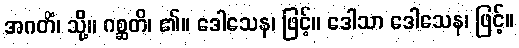
အဂတိံ၊ သို့။ ဂစ္ဆတိ၊ ၏။ ဒေါသေန၊ ဖြင့်။ ဒေါသာ ဒေါသေန၊ ဖြင့်။